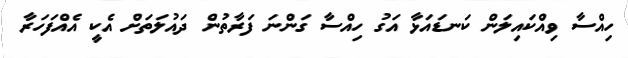
ހިއްސާ ވިއްކައިލަން ކަނޑައަޅާ އަގު ހިއްސާ ގަންނަ ފަރާތުން ދައުލަތަށް އެކީ އެއްފަހަރާ